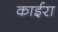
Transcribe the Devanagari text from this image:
काईरा